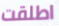
اطلقت